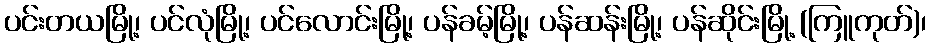
ပင်းတယမြို့၊ ပင်လုံမြို့၊ ပင်လောင်းမြို့၊ ပန်ခမ့်မြို့၊ ပန်ဆန်းမြို့၊ ပန်ဆိုင်းမြို့ (ကြူကုတ်)၊